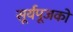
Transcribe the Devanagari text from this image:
सूर्यपूजको